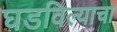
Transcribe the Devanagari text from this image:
घडविल्याचा